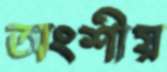
অংশীয়